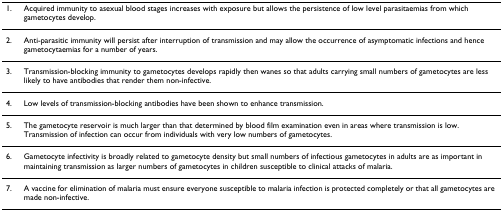
<table><thead><tr><td><b>1.</b></td><td><b>Acquired immunity to asexual blood stages increases with exposure but allows the persistence of low level parasitaemias from which gametocytes develop.</b></td></tr></thead><tbody><tr><td>2.</td><td>Anti-parasitic immunity will persist after interruption of transmission and may allow the occurrence of asymptomatic infections and hence gametocytaemias for a number of years.</td></tr><tr><td>3.</td><td>Transmission-blocking immunity to gametocytes develops rapidly then wanes so that adults carrying small numbers of gametocytes are less likely to have antibodies that render them non-infective.</td></tr><tr><td>4.</td><td>Low levels of transmission-blocking antibodies have been shown to enhance transmission.</td></tr><tr><td>5.</td><td>The gametocyte reservoir is much larger than that determined by blood film examination even in areas where transmission is low. Transmission of infection can occur from individuals with very low numbers of gametocytes.</td></tr><tr><td>6.</td><td>Gametocyte infectivity is broadly related to gametocyte density but small numbers of infectious gametocytes in adults are as important in maintaining transmission as larger numbers of gametocytes in children susceptible to clinical attacks of malaria.</td></tr><tr><td>7.</td><td>A vaccine for elimination of malaria must ensure everyone susceptible to malaria infection is protected completely or that all gametocytes are made non-infective.</td></tr></tbody></table>